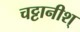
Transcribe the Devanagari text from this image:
चट्टानीश्